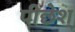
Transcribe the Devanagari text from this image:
पीछेश्